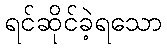
ရင်ဆိုင်ခဲ့ရသော